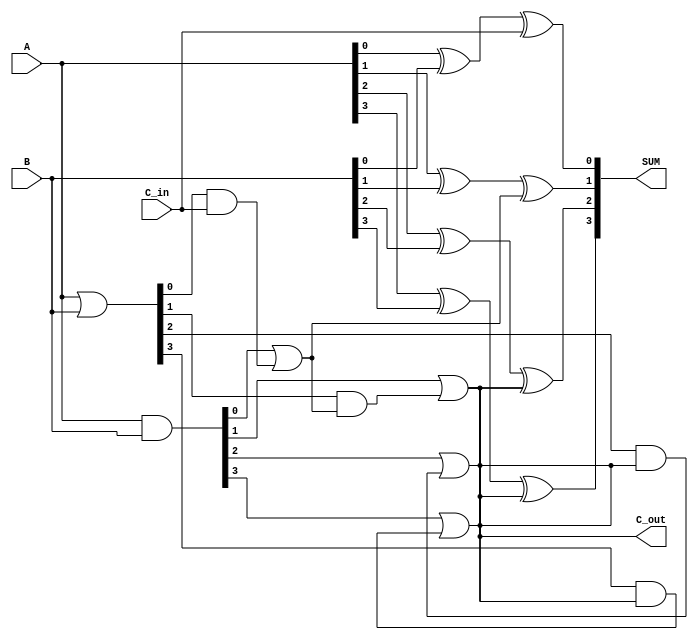
module CLA_4bit (
    input  [3:0] A, // 4-bit input A
    input  [3:0] B, // 4-bit input B
    input        C_in, // Carry input
    output [3:0] SUM, // 4-bit sum output
    output       C_out // Carry output
);
    wire [3:0] G; // Generate signals
    wire [3:0] P; // Propagate signals
    wire C1; // Carry output from first block

    // Generate and Propagate calculations
    assign G = A & B;                 // G_i = A_i * B_i
    assign P = A | B;                 // P_i = A_i + B_i

    // Carry generation for each bit
    assign C1 = G[0] | (P[0] & C_in);
    assign SUM[0] = A[0] ^ B[0] ^ C_in;

    assign SUM[1] = A[1] ^ B[1] ^ C1;
    assign C_out = G[1] | (P[1] & C1);

    assign SUM[2] = A[2] ^ B[2] ^ C_out;
    assign C_out = G[2] | (P[2] & C_out);

    assign SUM[3] = A[3] ^ B[3] ^ C_out;
    assign C_out = G[3] | (P[3] & C_out);
    
endmodule